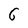
Character: 6